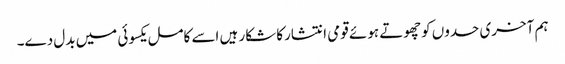
ہم آخری حدوں کوچھوتے ہوئے قومی انتشارکا شکار ہیں اسے کامل یکسوئی میں بدل دے۔